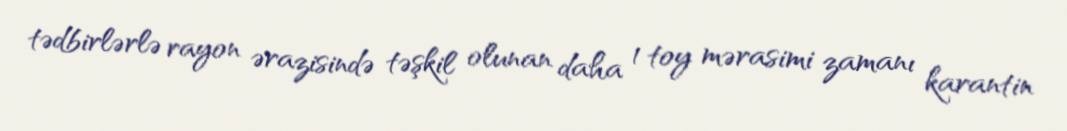
tədbirlərlə rayon ərazisində təşkil olunan daha 1 toy mərasimi zamanı karantin